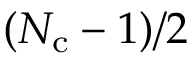
( N _ { \mathrm { c } } - 1 ) / 2